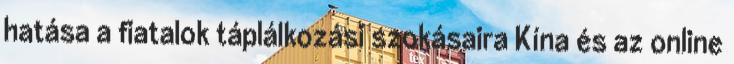
hatása a fiatalok táplálkozási szokásaira Kína és az online